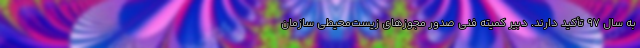
به سال ۹۷ تأکید دارند. دبیر کمیته فنی صدور مجوزهای زیست‌محیطی سازمان